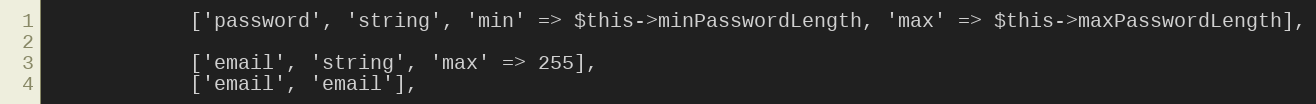
Language: PHP
            ['password', 'string', 'min' => $this->minPasswordLength, 'max' => $this->maxPasswordLength],

            ['email', 'string', 'max' => 255],
            ['email', 'email'],